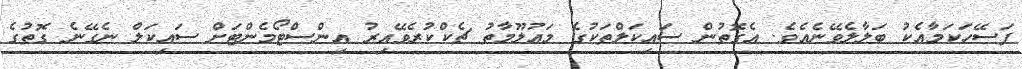
ފަސޭހަކަމާއެކު ބަލާލެވޭނެއެވެ. އެގޮތުން ސައިކަލްތަކުގެ މައުލޫމާތު ޗެކްކުރެވޭއިރު އިންސްޓޯމެންޓަށް ސައިކަލް ނެގޭނެ ގޮތުގެ